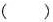
()